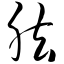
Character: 肱